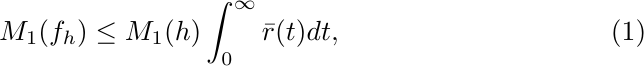
        \begin{equation}
            M_1(f_h) \leq M_1(h) \int_0^\infty \bar{r}(t)dt,
        \end{equation}